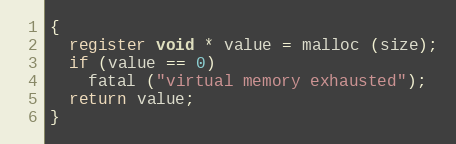
Language: C
{
  register void * value = malloc (size);
  if (value == 0)
    fatal ("virtual memory exhausted");
  return value;
}